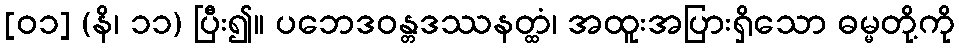
[၀၁] (နိ၊ ၁၁) ပြီး၍။ ပဘေဒဝန္တဒဿနတ္ထံ၊ အထူးအပြားရှိသော ဓမ္မတို့ကို